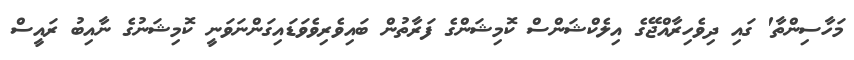
މަހާސިންތާ' ގައި ދިވެހިރާއްޖޭގެ އިލެކްޝަންސް ކޮމިޝަންގެ ފަރާތުން ބައިވެރިވެވަޑައިގަންނަވަނީ ކޮމިޝަނުގެ ނާއިބު ރައީސް